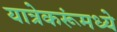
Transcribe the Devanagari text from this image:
यात्रेकरूंमध्ये